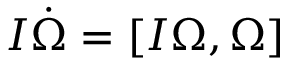
I \dot { \boldsymbol \Omega } = [ I { \boldsymbol \Omega } , { \boldsymbol \Omega } ]